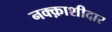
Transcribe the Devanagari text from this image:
नक्क़ाशीदार